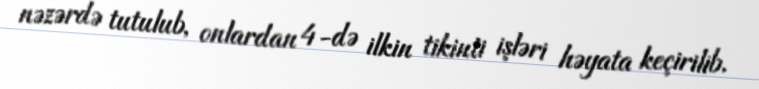
nəzərdə tutulub, onlardan 4-də ilkin tikinti işləri həyata keçirilib.